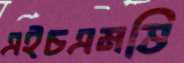
এইচএমভি